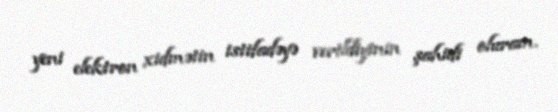
yeni elektron xidmətin istifadəyə verildiyinin şahidi oluram.